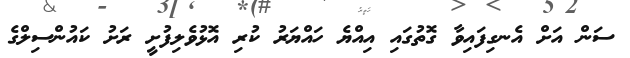
ސަން އަށް އެނގިފައިވާ ގޮތުގައި އިއްޔެ ހައްޔަރު ކުރި އޮޅުވެލިފުށީ ރަށު ކައުންސިލްގެ